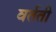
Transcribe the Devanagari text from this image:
वर्तती